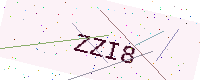
Text: ZZI8